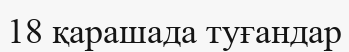
18 қарашада туғандар